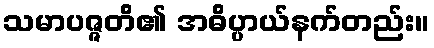
သမာပဇ္ဇတိ၏ အဓိပ္ပာယ်နက်တည်း။